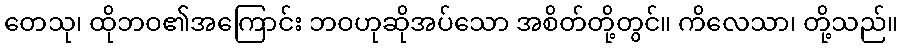
တေသု၊ ထိုဘဝ၏အကြောင်း ဘဝဟုဆိုအပ်သော အစိတ်တို့တွင်။ ကိလေသာ၊ တို့သည်။